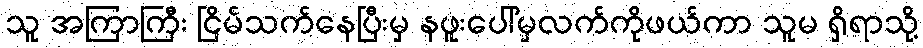
သူ အကြာကြီး ငြိမ်သက်နေပြီးမှ နဖူးပေါ်မှလက်ကိုဖယ်ကာ သူမ ရှိရာသို့